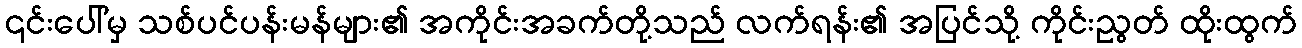
၎င်းပေါ်မှ သစ်ပင်ပန်းမန်များ၏ အကိုင်းအခက်တို့သည် လက်ရန်း၏ အပြင်သို့ ကိုင်းညွတ် ထိုးထွက်